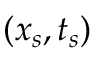
( x _ { s } , t _ { s } )